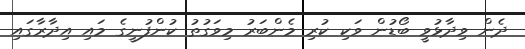
ދެން ވިދާޅުވީ ބޯޑުން ވަކި ކުރި މެންބަރު މިވަގުތު ކުންފުނީގެ މައި އިދާރާގައި